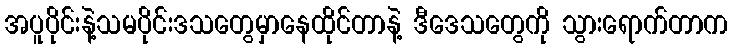
အပူပိုင်းနဲ့သမပိုင်းဒသတွေမှာနေထိုင်တာနဲ့ ဒီဒေသတွေကို သွားရောက်တာက